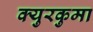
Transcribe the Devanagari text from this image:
क्युरकुमा